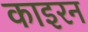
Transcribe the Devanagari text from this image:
काइरन